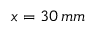
x = 3 0 \, m m